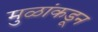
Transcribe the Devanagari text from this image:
मुळांकडून